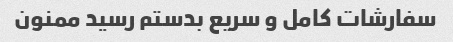
سفارشات کامل و سریع بدستم رسید ممنون